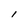
Character: 1